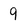
Character: 9